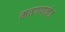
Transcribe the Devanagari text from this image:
मतगणनेत